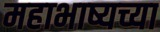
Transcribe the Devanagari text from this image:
महाभाष्यच्या